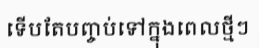
ទើបតែបញ្ចប់ទៅក្នុងពេលថ្មីៗ